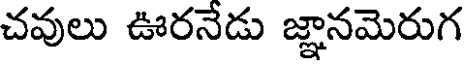
చవులు ఊరనేడు జ్ఞానమెరుగ